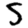
Digit: 5